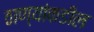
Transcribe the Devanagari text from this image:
ठाण्यांकडील